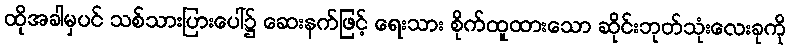
ထိုအခါမှပင် သစ်သားပြားပေါ်၌ ဆေးနက်ဖြင့် ရေးသား စိုက်ထူထားသော ဆိုင်းဘုတ်သုံးလေးခုကို